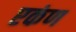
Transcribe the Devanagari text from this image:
एकंण